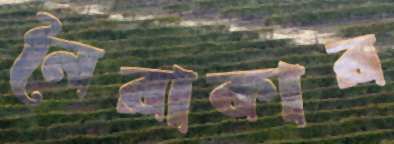
নৈরাকার